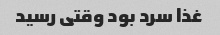
غذا سرد بود وقتی رسید